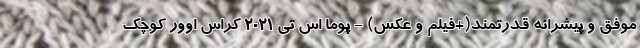
موفق و پیشرانه قدرتمند(+فیلم و عکس) - پوما اس تی 2021 کراس اوور کوچک